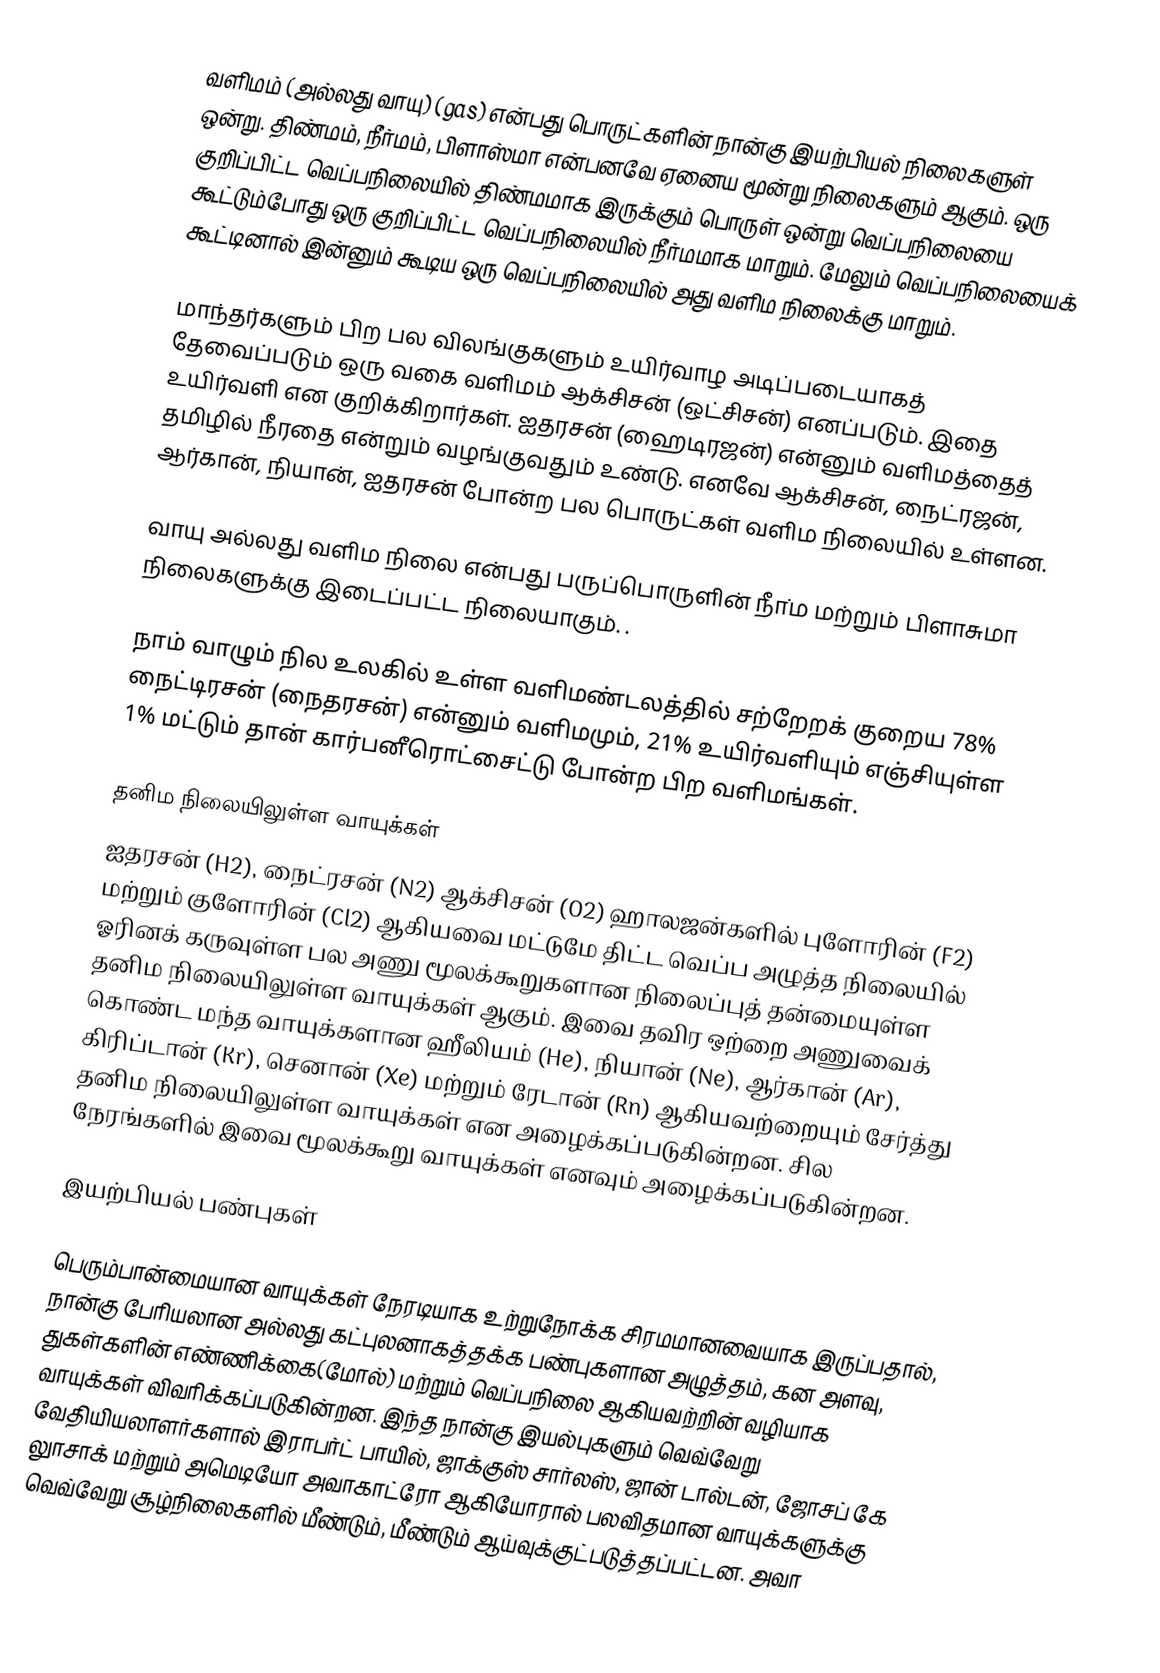
வளிமம் (அல்லது வாயு) (gas) என்பது பொருட்களின் நான்கு இயற்பியல் நிலைகளுள் ஒன்று. திண்மம், நீர்மம், பிளாஸ்மா என்பனவே ஏனைய மூன்று நிலைகளும் ஆகும். ஒரு குறிப்பிட்ட வெப்பநிலையில் திண்மமாக இருக்கும் பொருள் ஒன்று வெப்பநிலையை கூட்டும்போது ஒரு குறிப்பிட்ட வெப்பநிலையில் நீர்மமாக மாறும். மேலும் வெப்பநிலையைக் கூட்டினால் இன்னும் கூடிய ஒரு வெப்பநிலையில் அது வளிம நிலைக்கு மாறும்.

மாந்தர்களும் பிற பல விலங்குகளும் உயிர்வாழ அடிப்படையாகத் தேவைப்படும் ஒரு வகை வளிமம் ஆக்சிசன் (ஒட்சிசன்) எனப்படும். இதை உயிர்வளி என குறிக்கிறார்கள். ஐதரசன் (ஹைடிரஜன்) என்னும் வளிமத்தைத் தமிழில் நீரதை என்றும் வழங்குவதும் உண்டு. எனவே ஆக்சிசன், நைட்ரஜன், ஆர்கான், நியான், ஐதரசன் போன்ற பல பொருட்கள் வளிம நிலையில் உள்ளன.

வாயு அல்லது வளிம நிலை என்பது பருப்பொருளின் நீா்ம மற்றும் பிளாசுமா நிலைகளுக்கு இடைப்பட்ட நிலையாகும். .

நாம் வாழும் நில உலகில் உள்ள வளிமண்டலத்தில் சற்றேறக் குறைய 78% நைட்டிரசன் (நைதரசன்) என்னும் வளிமமும், 21% உயிர்வளியும் எஞ்சியுள்ள 1% மட்டும் தான் கார்பனீரொட்சைட்டு போன்ற பிற வளிமங்கள்.

தனிம நிலையிலுள்ள வாயுக்கள்
ஐதரசன் (H2), நைட்ரசன் (N2) ஆக்சிசன் (O2) ஹாலஜன்களில் புளோரின் (F2) மற்றும் குளோரின் (Cl2) ஆகியவை மட்டுமே திட்ட வெப்ப அழுத்த நிலையில் ஓரினக் கருவுள்ள பல அணு மூலக்கூறுகளான நிலைப்புத் தன்மையுள்ள தனிம நிலையிலுள்ள வாயுக்கள் ஆகும். இவை தவிர ஒற்றை அணுவைக் கொண்ட மந்த வாயுக்களான ஹீலியம் (He), நியான் (Ne), ஆர்கான் (Ar), கிரிப்டான் (Kr), செனான் (Xe) மற்றும் ரேடான் (Rn) ஆகியவற்றையும் சேர்த்து தனிம நிலையிலுள்ள வாயுக்கள் என அழைக்கப்படுகின்றன. சில நேரங்களில் இவை மூலக்கூறு வாயுக்கள் எனவும் அழைக்கப்படுகின்றன.

இயற்பியல் பண்புகள்

பெரும்பான்மையான வாயுக்கள் நேரடியாக உற்றுநோக்க சிரமமானவையாக இருப்பதால், நான்கு பேரியலான அல்லது கட்புலனாகத்தக்க பண்புகளான அழுத்தம், கன அளவு, துகள்களின் எண்ணிக்கை(மோல்) மற்றும் வெப்பநிலை ஆகியவற்றின் வழியாக வாயுக்கள் விவரிக்கப்படுகின்றன. இந்த நான்கு இயல்புகளும் வெவ்வேறு வேதியியலாளா்களால் இராபர்ட் பாயில், ஜாக்குஸ் சார்லஸ், ஜான் டால்டன், ஜோசப் கே லுாசாக் மற்றும் அமெடியோ அவாகாட்ரோ ஆகியோரால் பலவிதமான வாயுக்களுக்கு வெவ்வேறு சூழ்நிலைகளில் மீண்டும், மீண்டும் ஆய்வுக்குட்படுத்தப்பட்டன. அவா